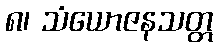
၈၊ သံယောဇနသတ္တ